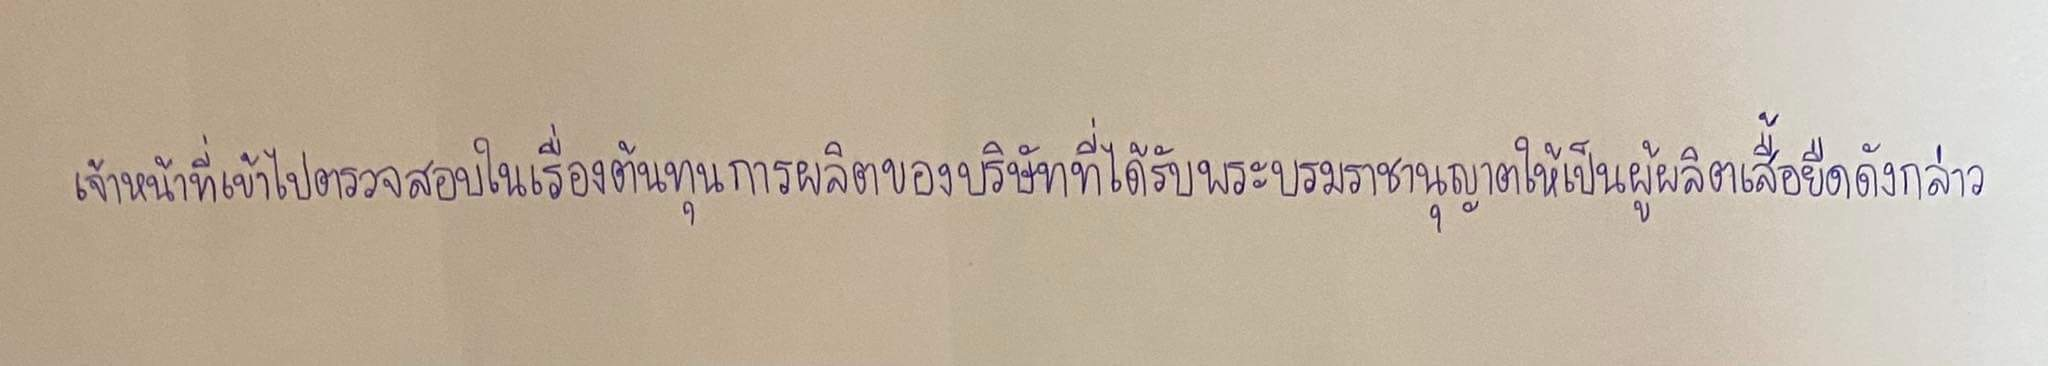
เจ้าหน้าที่เข้าไปตรวจสอบในเรื่องต้นทุนการผลิตของบริษัทที่ได้รับพระบรมราชานุญาตให้เป็นผู้ผลิตเสื้อยืดดังกล่าว